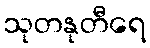
သုတနုတီရေ